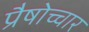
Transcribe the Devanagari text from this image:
प्रैषोच्चार